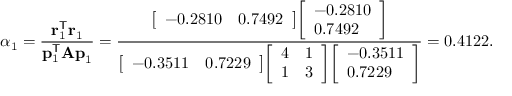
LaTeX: \alpha _ { 1 } = { \frac { \mathbf { r } _ { 1 } ^ { \mathsf { T } } \mathbf { r } _ { 1 } } { \mathbf { p } _ { 1 } ^ { \mathsf { T } } \mathbf { A p } _ { 1 } } } = { \frac { { \left[ \begin{array} { l l } { - 0 . 2 8 1 0 } & { 0 . 7 4 9 2 } \end{array} \right] } { \left[ \begin{array} { l } { - 0 . 2 8 1 0 } \\ { 0 . 7 4 9 2 } \end{array} \right] } } { { \left[ \begin{array} { l l } { - 0 . 3 5 1 1 } & { 0 . 7 2 2 9 } \end{array} \right] } { \left[ \begin{array} { l l } { 4 } & { 1 } \\ { 1 } & { 3 } \end{array} \right] } { \left[ \begin{array} { l } { - 0 . 3 5 1 1 } \\ { 0 . 7 2 2 9 } \end{array} \right] } } } = 0 . 4 1 2 2 .